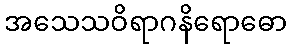
အသေသဝိရာဂနိရောဓော